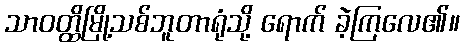
သာဝတ္ထိမြို့သစ်ဘူတာရုံသို့ ရောက် ခဲ့ကြလေ၏။